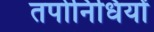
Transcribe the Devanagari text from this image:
तपोनिधियों